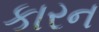
કારન